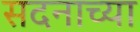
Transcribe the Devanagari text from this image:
सदनाच्या